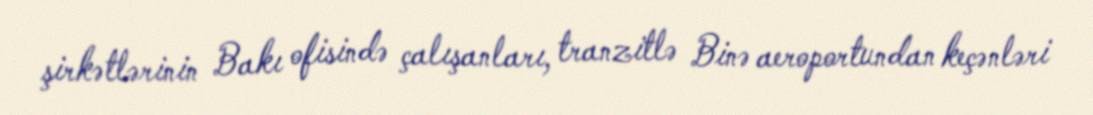
şirkətlərinin Bakı ofisində çalışanları, tranzitlə Binə aeroportundan keçənləri